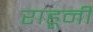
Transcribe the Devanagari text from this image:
राहूनी